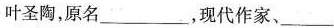
叶圣陶，原名_______，现代作家、___